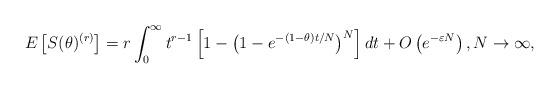
LaTeX: \begin{align*}E\left[S(\theta)^{(r)}\right]= r \int_0^{\infty} t^{r-1} \left[1 - \left(1 - e^{-(1 - \theta) t / N} \right)^N \right] dt+ O\left(e^{-\varepsilon N}\right),N \to \infty,\end{align*}